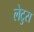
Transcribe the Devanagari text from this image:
लेटुस